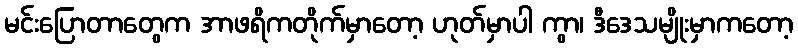
မင်းပြောတာတွေက အာဖရိကတိုက်မှာတော့ ဟုတ်မှာပါ ကွာ၊ ဒီဒေသမျိုးမှာကတော့